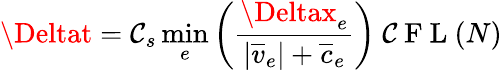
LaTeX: \Deltat=\mathcal{C}_{s}\operatorname*{min}_{e}\left(\frac{{\Deltax_{e}}}{{|\overline{{{v}}}_{e}|+\overline{{{c}}}_{e}}}\right)\mathrm{{~\mathcal{C}~F~L~}}(N)